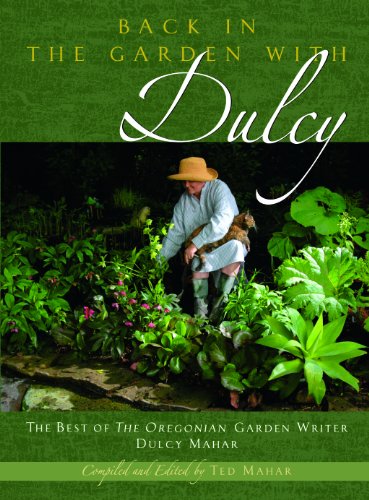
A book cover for Back In The Garden With Dulcy; Dulcy Mahar; Crafts, Hobbies & Home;